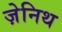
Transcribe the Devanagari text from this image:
ज़ेनिथ